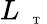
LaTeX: L_{\mathrm{~\tiny~\textnormal~{~T~}~}}